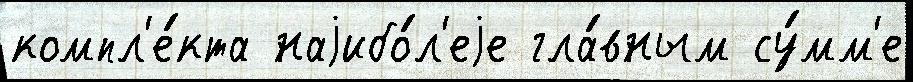
компл'е́кта наjибо́л'еjе гла́вным су́мм'е